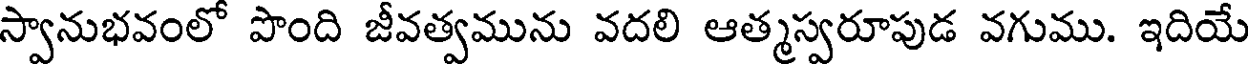
స్వానుభవంలో పొంది జీవత్వమును వదలి ఆత్మస్వరూపుడ వగుము. ఇదియే